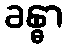
ခန္ဓာ